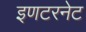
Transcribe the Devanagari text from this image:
इणटरनेट